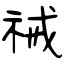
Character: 祴